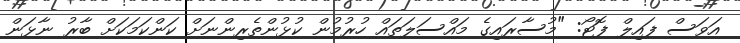
އަވަސް ފައިލް ފޮޓޯ: "މުސާރައިގެ މައްސަލަތައް ހުރުމުން ކުޅުންތެރިންނަށް ކަންކަމަކަށް ބާރު ނާޅަން